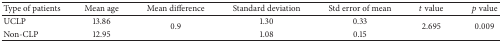
| Type of patients | Mean age | Mean difference | Standard deviation | Std error of mean | t value | p value |
 | --- | --- | --- | --- | --- | --- | --- |
 | UCLP | 13.86 | <ROWSPAN=2> 0.9 | 1.30 | 0.33 | <ROWSPAN=2> 2.695 | <ROWSPAN=2> 0.009 |
 | Non-CLP | 12.95 | 1.08 | 0.15 |